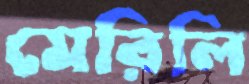
মেরিলি